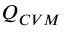
Q _ { C V M }